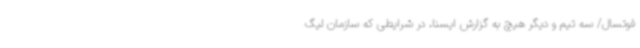
فوتسال/ سه تیم و دیگر هیچ به گزارش ایسنا، در شرایطی که سازمان لیگ